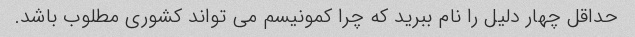
حداقل چهار دلیل را نام ببرید که چرا کمونیسم می تواند کشوری مطلوب باشد.